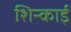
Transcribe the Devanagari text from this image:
शिन्काई